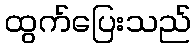
ထွက်ပြေးသည်